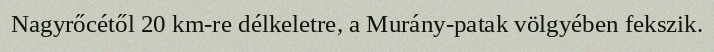
Nagyrőcétől 20 km-re délkeletre, a Murány-patak völgyében fekszik.